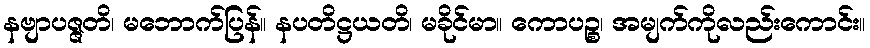
နဗျာပဇ္ဇတိ၊ မဘောက်ပြန်။ နပတိဋ္ဌယတိ၊ မခိုင်မာ။ ကောပဉ္စ၊ အမျက်ကိုလည်းကောင်း။